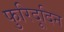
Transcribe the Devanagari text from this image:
फुरिदूदिन